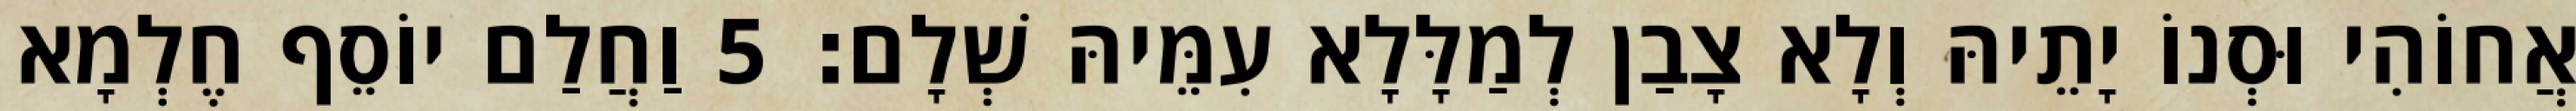
אֲחוֹהִי וּסְנוֹ יָתֵיהּ וְלָא צָבַן לְמַלָּלָא עִמֵּיהּ שְׁלָם׃ 5 וַחֲלַם יוֹסֵף חֶלְמָא